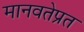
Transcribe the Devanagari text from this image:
मानवतेप्रत